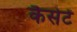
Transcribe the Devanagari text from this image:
कैसेटें